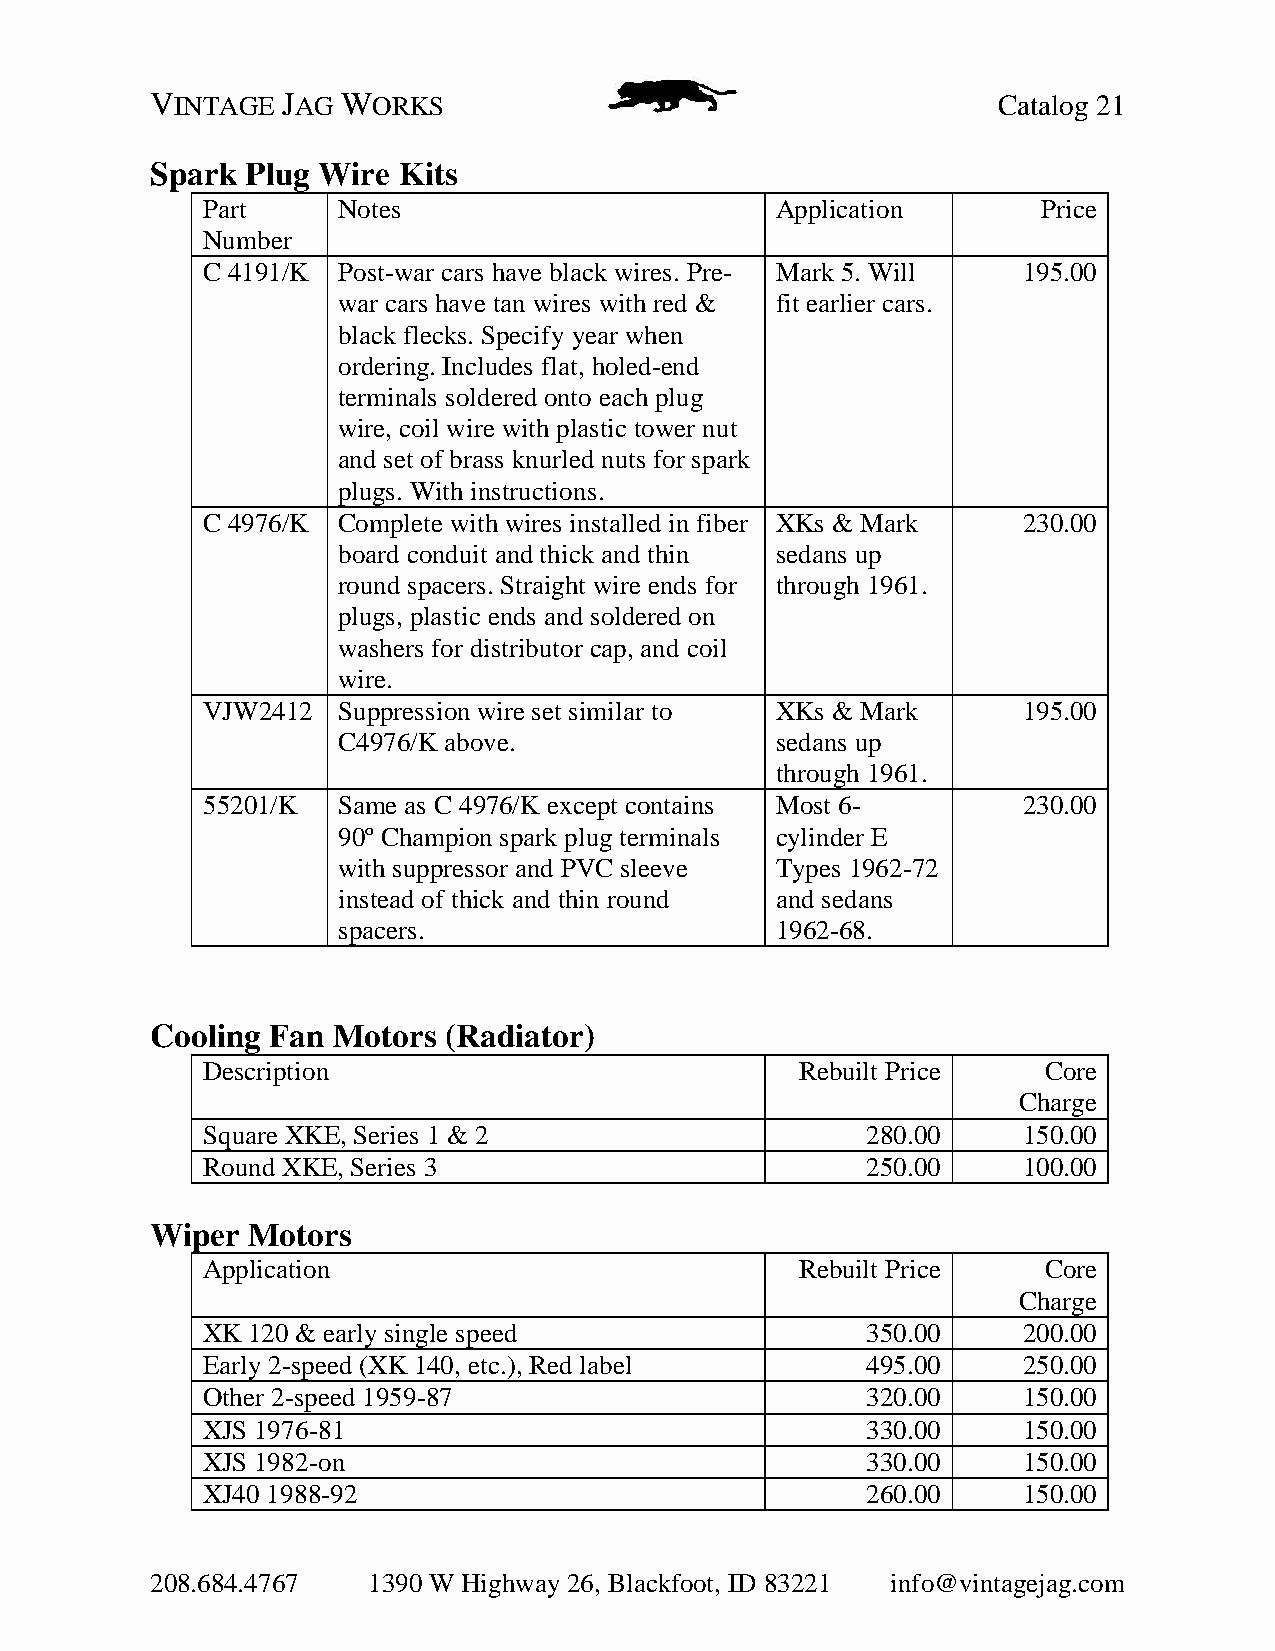
VINTAGE  JAG WORKS                                      Catalog 21
 Spark Plug Wire Kits
 Part     Notes                        Application       Price
 Number
 C 4191/K Post-war cars have black wires. Pre- Mark 5. Will 195.00
 war cars have tan wires with red & fit earlier cars.
 black flecks. Specify year when
 ordering. Includes flat, holed-end
 terminals soldered onto each plug
 wire, coil wire with plastic tower nut
 and set of brass knurled nuts for spark
 plugs. With instructions.
 C 4976/K Complete with wires installed in fiber XKs & Mark 230.00
 board conduit and thick and thin sedans up
 round spacers. Straight wire ends for through 1961.
 plugs, plastic ends and soldered on
 washers for distributor cap, and coil
 wire.
 VJW2412  Suppression wire set similar to XKs & Mark    195.00
 C4976/K above.               sedans up
 through 1961.
 55201/K  Same as C 4976/K except contains Most 6-      230.00
 90º Champion spark plug terminals cylinder E
 with suppressor and PVC sleeve Types 1962-72
 instead of thick and thin round and sedans
 spacers.                     1962-68.
 Cooling Fan Motors (Radiator)
 Description                             Rebuilt Price   Core
 Charge
 Square XKE, Series 1 & 2                    280.00     150.00
 Round XKE, Series 3                         250.00     100.00
 Wiper Motors
 Application                             Rebuilt Price   Core
 Charge
 XK 120 & early single speed                 350.00     200.00
 Early 2-speed (XK 140, etc.), Red label     495.00     250.00
 Other 2-speed 1959-87                       320.00     150.00
 XJS 1976-81                                 330.00     150.00
 XJS 1982-on                                 330.00     150.00
 XJ40 1988-92                                260.00     150.00
 208.684.4767  1390 W Highway 26, Blackfoot, ID 83221 info@vintagejag.com